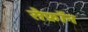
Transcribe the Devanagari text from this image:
सैफ्रॉन